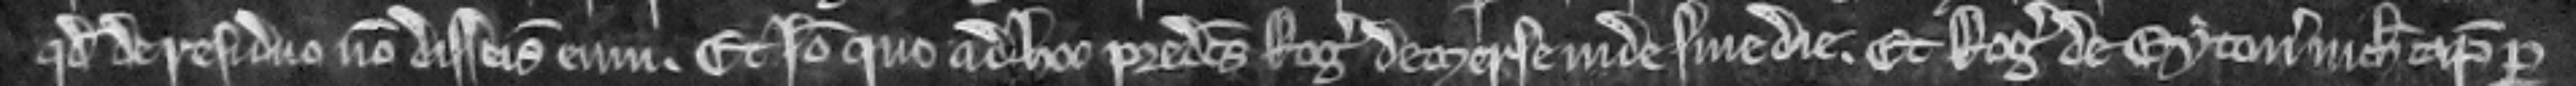
quod de residuo non disseisivit eum. Et ideo quo ad hoc predictus Rogerus de Merse inde sine die. Et Rogerus de Eyton nichil capiat per